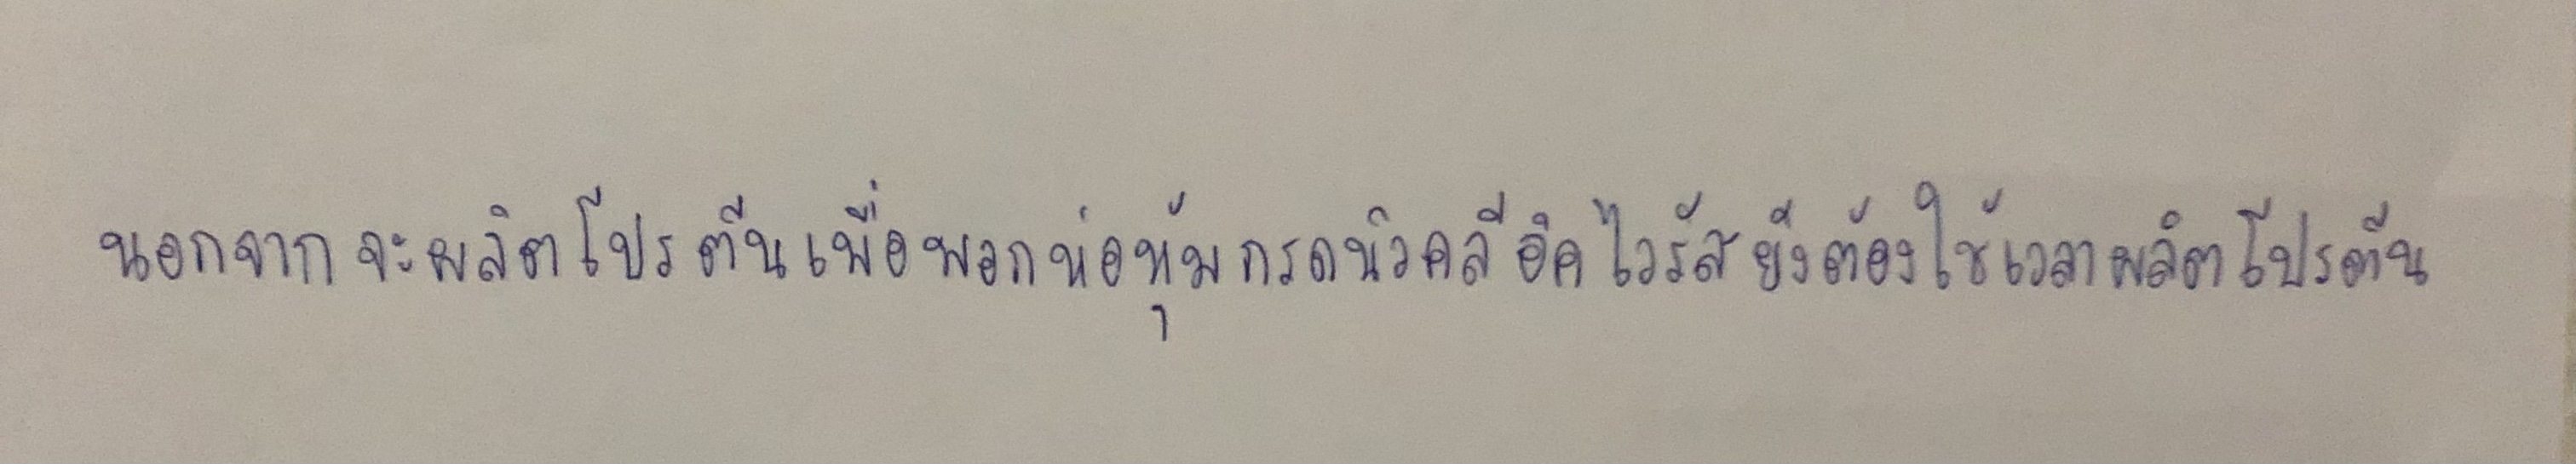
นอกจากจะผลิตโปรตีนเพื่อพอกห่อหุ้มกรดนิวคลีอิคไวรัสยังต้องใช้เวลาผลิตโปรตีน